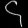
Digit: ၄